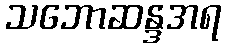
သဘောဆန္ဒအရ